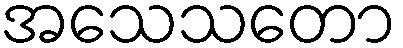
အသေသတော